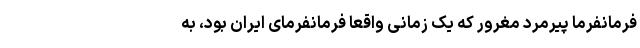
فرمانفرما پیرمرد مغرور که یک زمانی واقعا فرمانفرمای ایران بود، به